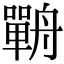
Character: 𦪣